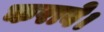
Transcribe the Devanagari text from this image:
करावे।